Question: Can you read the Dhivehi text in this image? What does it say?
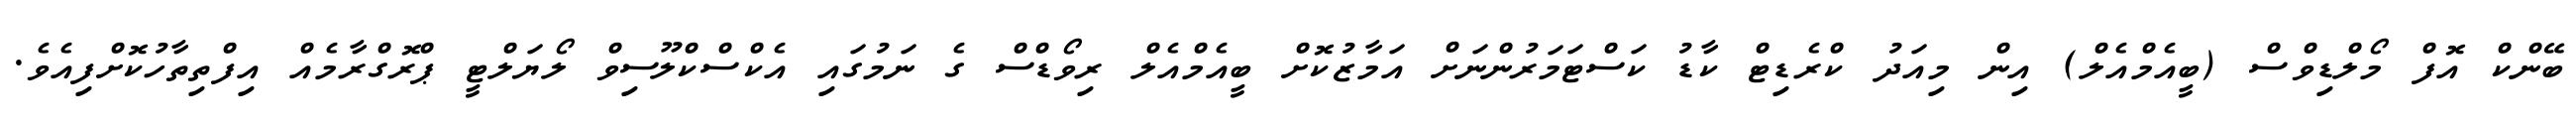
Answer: ބޭންކް އޮފް މޯލްޑިވްސް (ބީއެމްއެލް) އިން މިއަދު ކްރެޑިޓް ކާޑު ކަސްޓަމަރުންނަށް އަމާޒުކޮށް ބީއެމްއެލް ރިވޯޑްސް ގެ ނަމުގައި އެކްސްކްލޫސިވް ލޯޔަލްޓީ ޕްރޮގްރާމެއް އިފްތިތާހުކޮށްފިއެވެ.